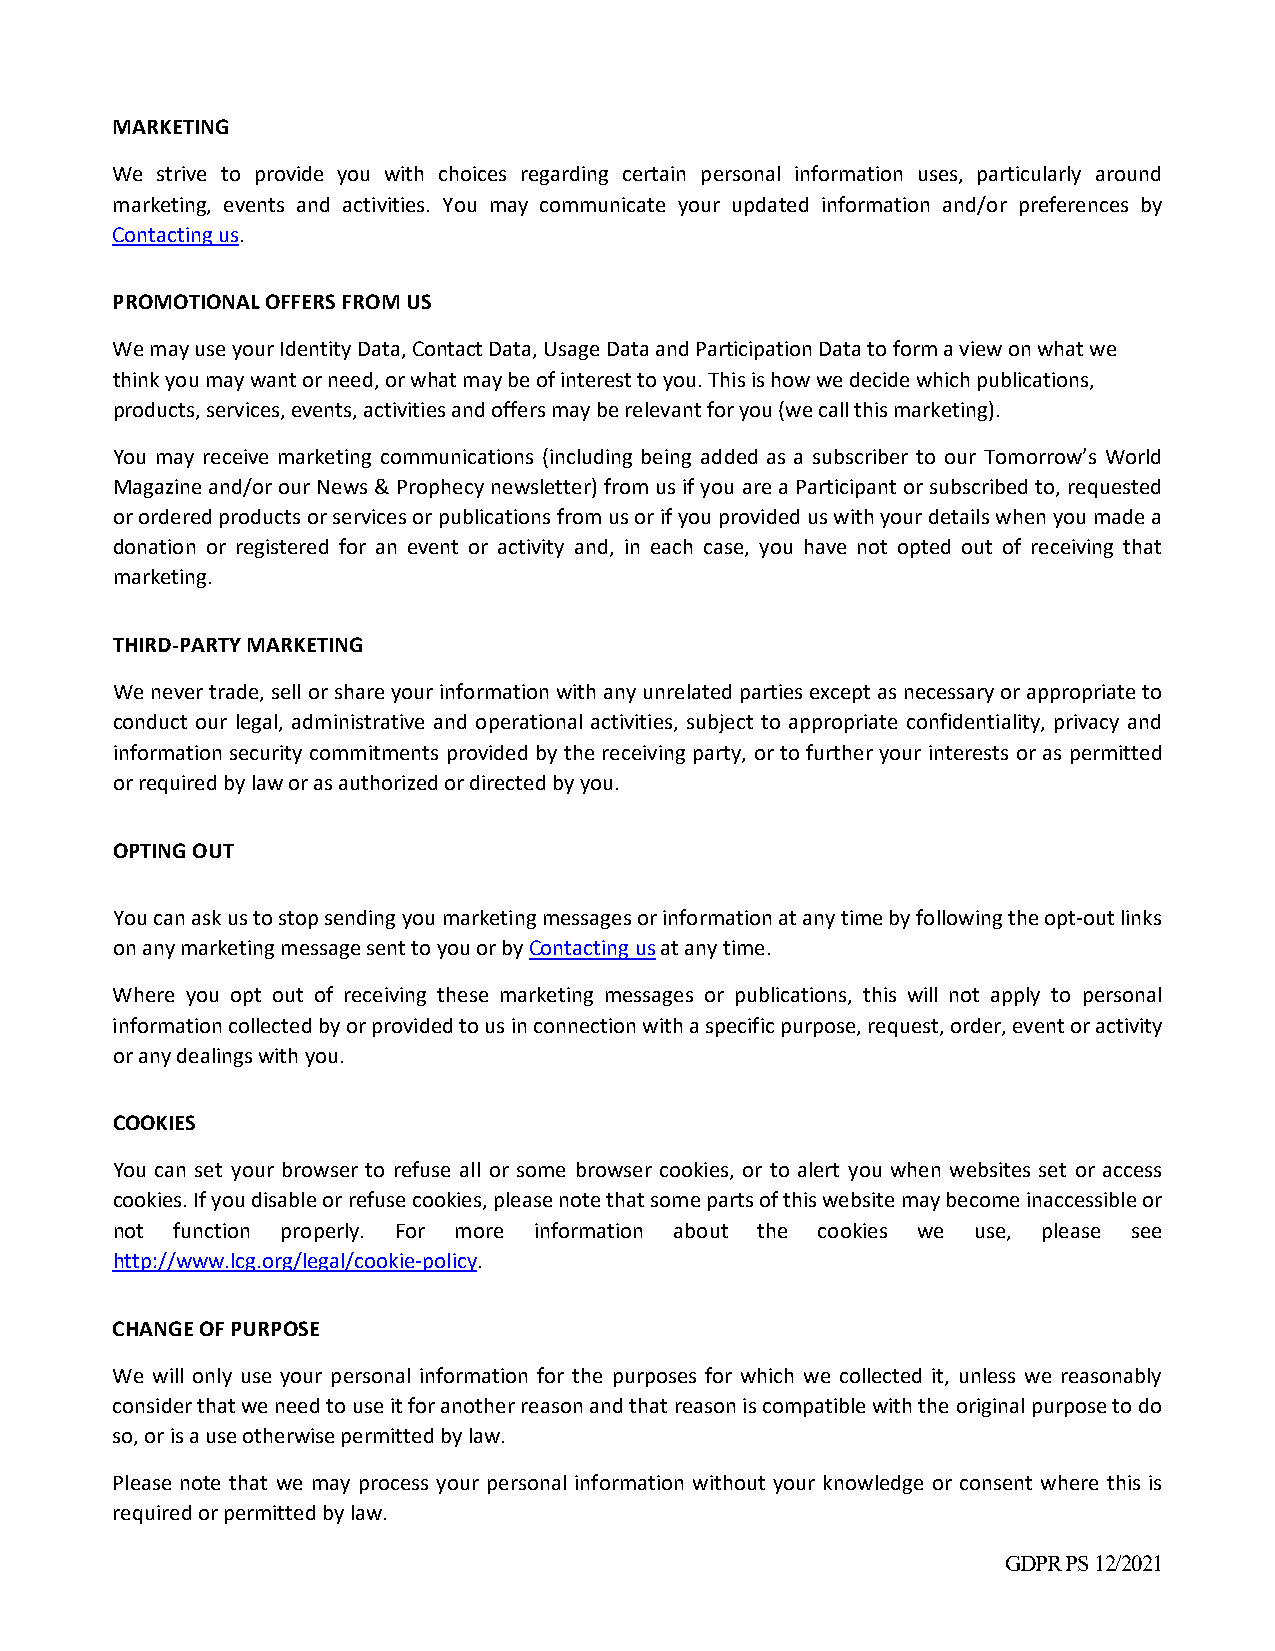
MARKETING
 We strive to provide you with choices regarding certain personal information uses, particularly around
 marketing, events and activities. You may communicate your updated information and/or preferences by
 Contacting us.
 PROMOTIONAL OFFERS FROM US
 We may use your Identity Data, Contact Data, Usage Data and Participation Data to form a view on what we
 think you may want or need, or what may be of interest to you. This is how we decide which publications,
 products, services, events, activities and offers may be relevant for you (we call this marketing).
 You may receive marketing communications (including being added as a subscriber to our Tomorrow’s World
 Magazine and/or our News & Prophecy newsletter) from us if you are a Participant or subscribed to, requested
 or ordered products or services or publications from us or if you provided us with your details when you made a
 donation or registered for an event or activity and, in each case, you have not opted out of receiving that
 marketing.
 THIRD‐PARTY MARKETING
 We never trade, sell or share your information with any unrelated parties except as necessary or appropriate to
 conduct our legal, administrative and operational activities, subject to appropriate confidentiality, privacy and
 information security commitments provided by the receiving party, or to further your interests or as permitted
 or required by law or as authorized or directed by you.
 OPTING OUT
 You can ask us to stop sending you marketing messages or information at any time by following the opt‐out links
 on any marketing message sent to you or by Contacting us at any time.
 Where you opt out of receiving these marketing messages or publications, this will not apply to personal
 information collected by or provided to us in connection with a specific purpose, request, order, event or activity
 or any dealings with you.
 COOKIES
 You can set your browser to refuse all or some browser cookies, or to alert you when websites set or access
 cookies. If you disable or refuse cookies, please note that some parts of this website may become inaccessible or
 not function properly. For more information about the cookies we use, please see
 http://www.lcg.org/legal/cookie‐policy.
 CHANGE OF PURPOSE
 We will only use your personal information for the purposes for which we collected it, unless we reasonably
 consider that we need to use it for another reason and that reason is compatible with the original purpose to do
 so, or is a use otherwise permitted by law.
 Please note that we may process your personal information without your knowledge or consent where this is
 required or permitted by law.
 GDPR PS 12/2021